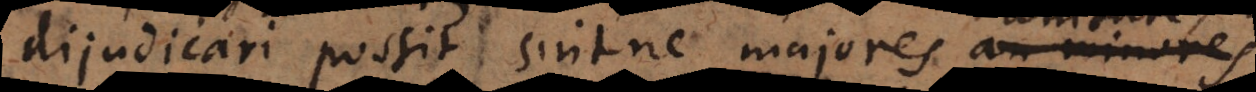
dijudicari possit sintne majores unitate,